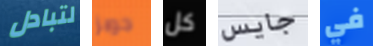
لتبادل جوبز كل جايس في